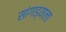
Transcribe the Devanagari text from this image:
सांगाड्याला